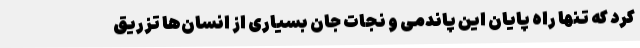
کرد که تنها راه پایان این پاندمی و نجات جان بسیاری از انسان‌ها تزریق